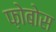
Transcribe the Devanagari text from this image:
फ़ोबोस